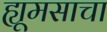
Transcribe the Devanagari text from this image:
ह्यूमसाचा